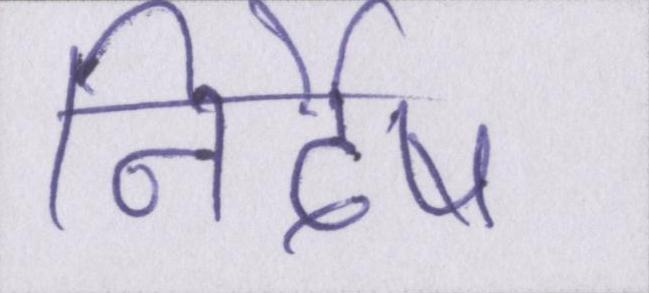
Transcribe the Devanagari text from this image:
निर्देष